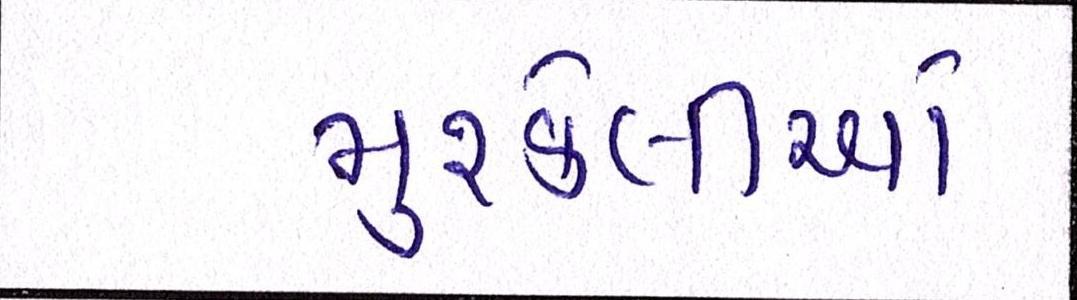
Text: મુશ્કેલીઓ